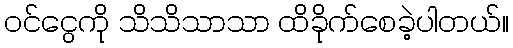
ဝင်ငွေကို သိသိသာသာ ထိခိုက်စေခဲ့ပါတယ်။